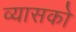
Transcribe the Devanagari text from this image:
व्यासको